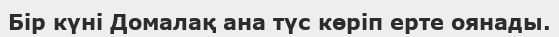
Бір күні Домалақ ана түс көріп ерте оянады.